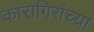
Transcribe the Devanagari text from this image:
कारागिरांच्या